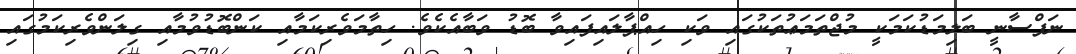
ނަފްސާނީ ބަލިމަޑުކަމަކީ މުޖްތަމަޢުތަކުގައި ވަކި ހިއްޕާލައިފައިވާ ބޮޑު ވަބާއެކެވެ. ހިތާމަވެރިކަމާއި ކަންބޮޑުވުމާއި ގިލަންވެރިކަމުގައި